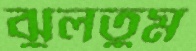
ঝুলতুম